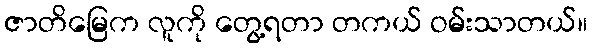
ဇာတိမြေက လူကို တွေ့ရတာ တကယ် ဝမ်းသာတယ်။